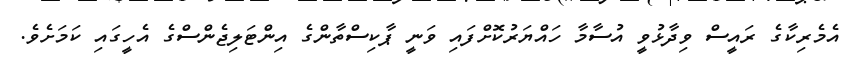
އެމެރިކާގެ ރައީސް ވިދާޅުވީ އުސާމާ ހައްޔަރުކޮށްފައި ވަނީ ޕާކިސްތާންގެ އިންޓަލިޖެންސްގެ އެހީގައި ކަމަށެވެ.